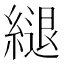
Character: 𦄁